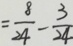
= \frac { 8 } { 2 4 } - \frac { 3 } { 2 4 }